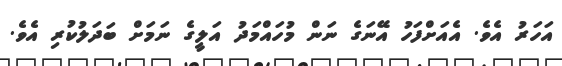
އަހަރު އެވެ. އެއަށްފަހު އޭނަގެ ނަން މުހައްމަދު އަލީގެ ނަމަށް ބަދަލުކުރި އެވެ.